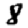
Digit: 8